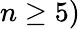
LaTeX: n\geq 5)